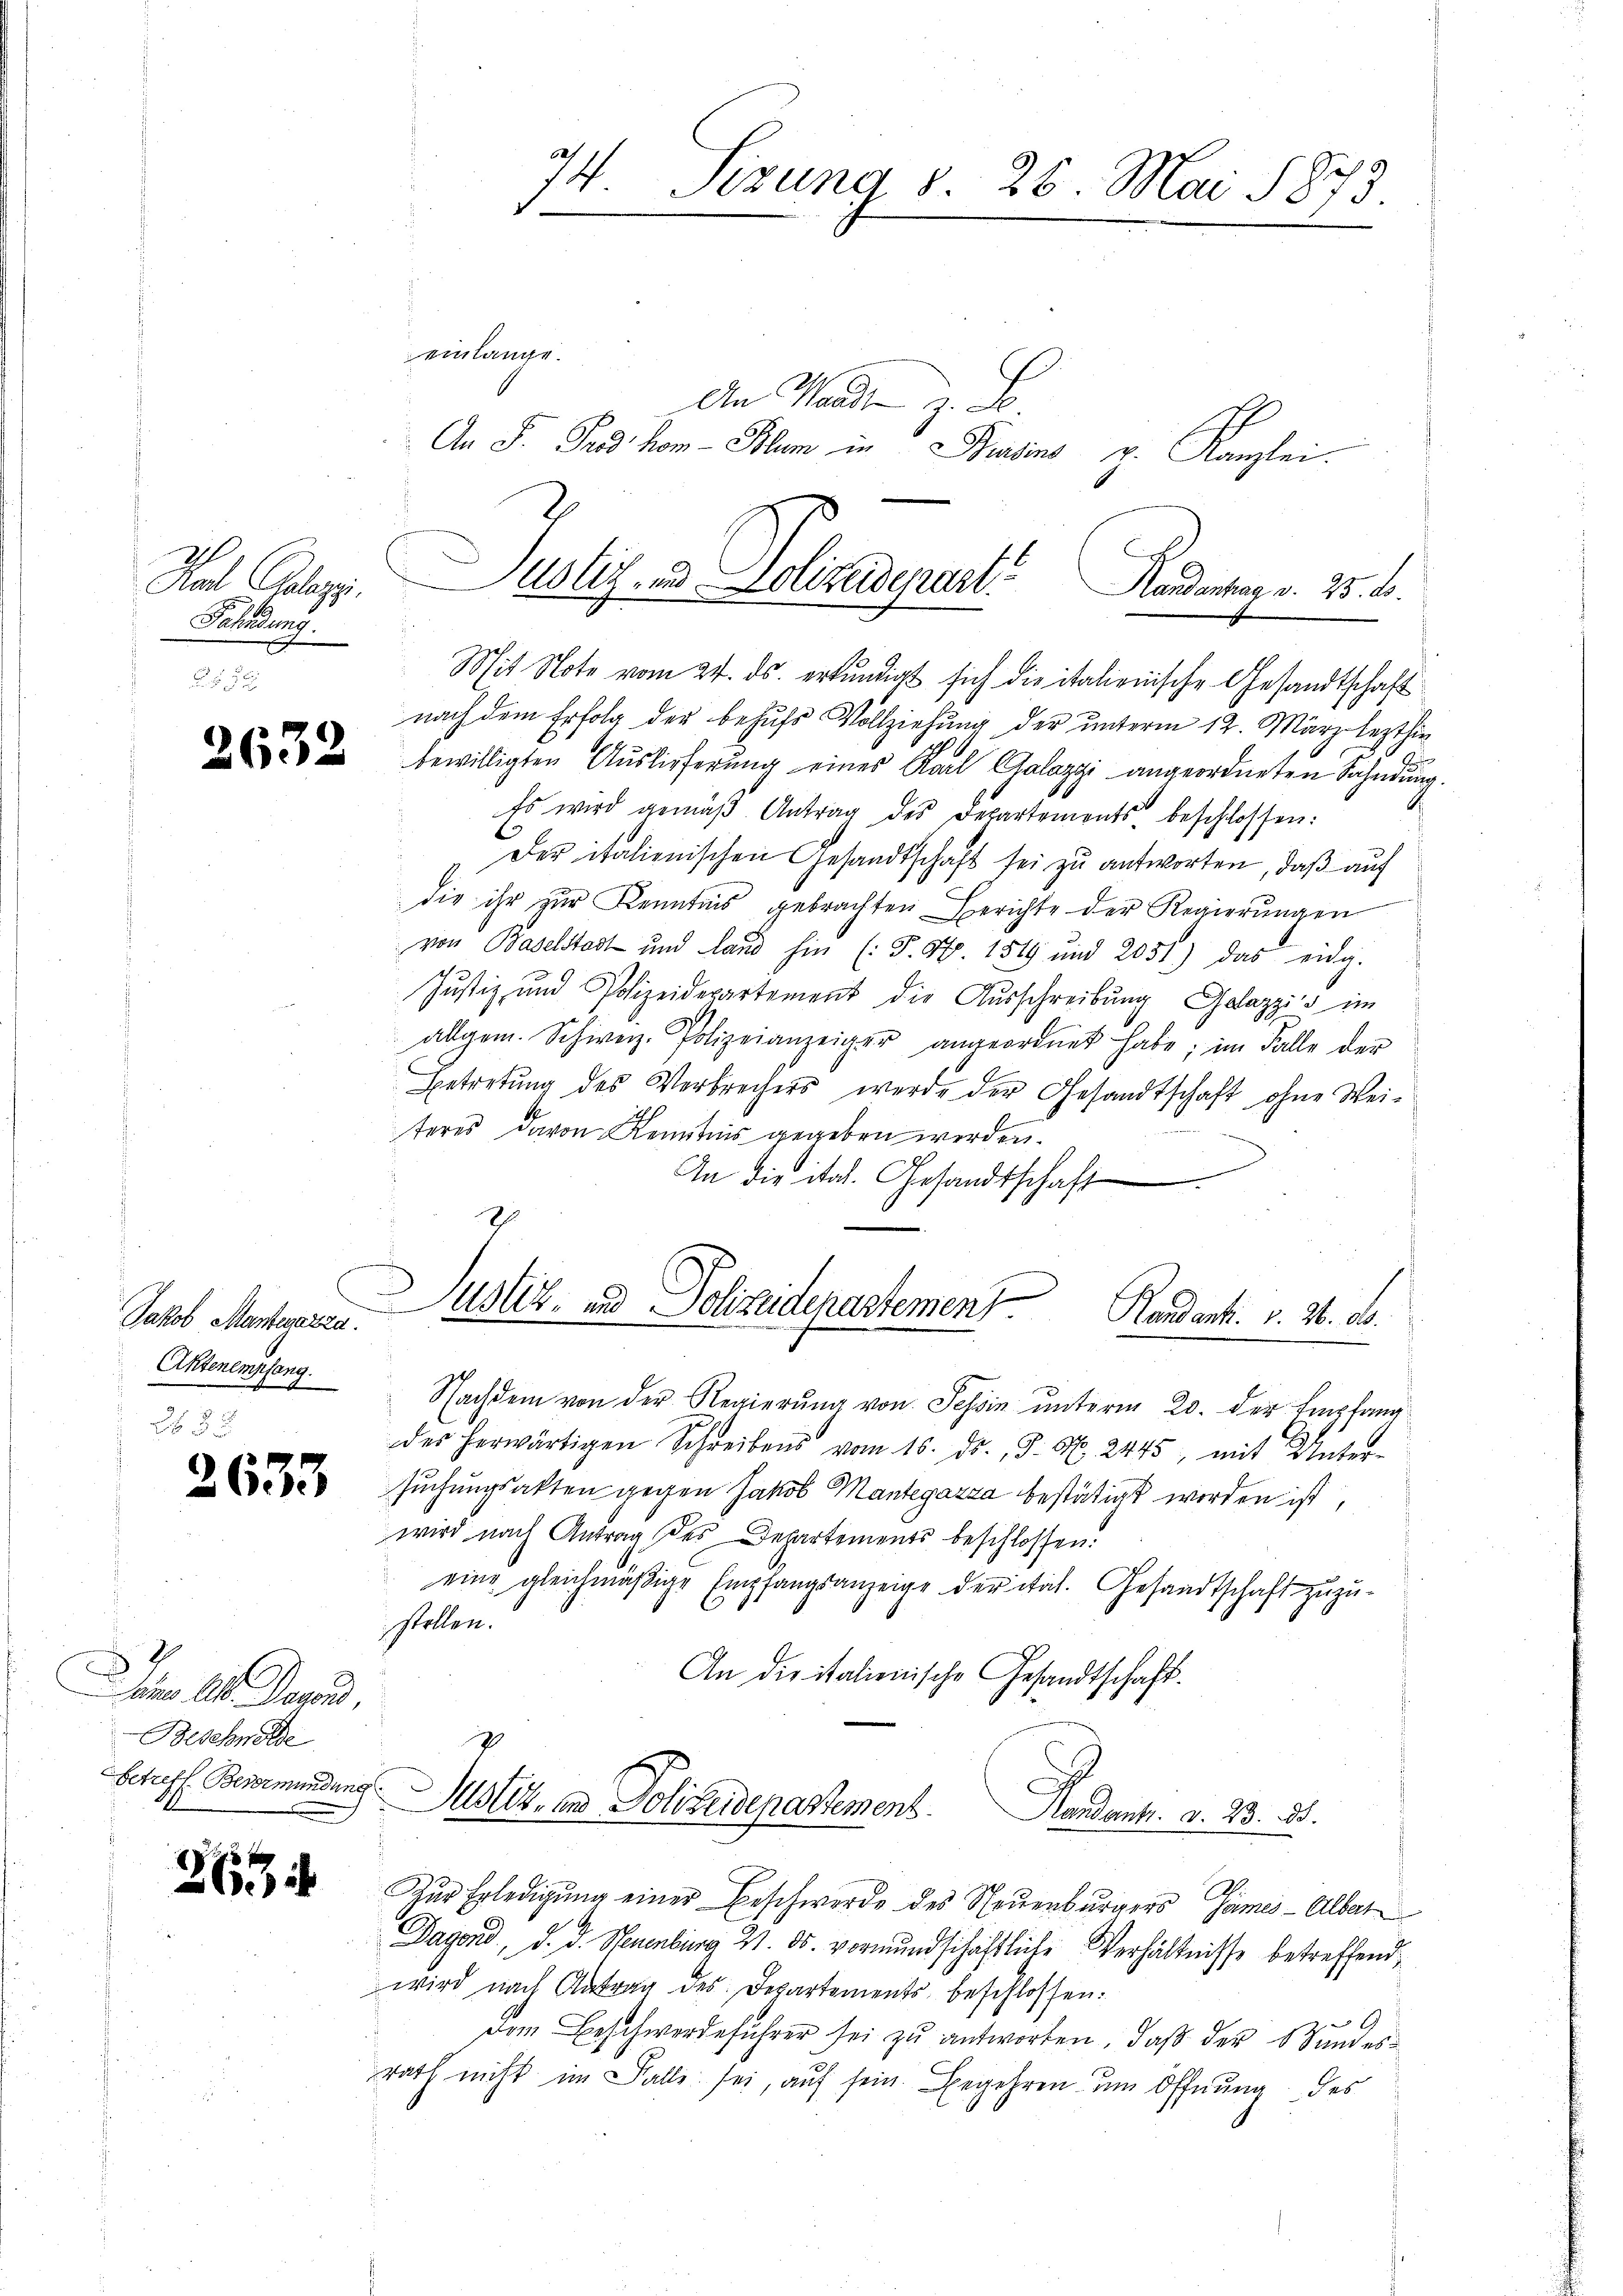
Hal Gelege,
Fahndung.

2632

Jakob Marteyerza
Aktenempfang.

2633

Dom 11. Denn,
-Beschnete
Betreff Bevormundung

263

einlänge.
An Waadt z. B.
An F. Pud hom- Blum in Brusins z. Kanzlei.
Mit Note vom 24. ds. erkundigt sich die italienische Gesandtschaft
nach dem Erfolg der behufs Vollziehung der unterm 12. März lezthin
2
bewilligten Auslieferŭng eines Karl Galozzi angeordneten Sahndung.
Es wird gemäβ Antrag des Departements beschlossen:
Der italienischen Gesandtschaft sei zu antworten, daß auf
die ihr zur Kenntnis gebrachten Berichte der Regierungen
von Baselstadt und Land hin (: F. S. 1549 und 2051.) das eidg.
Justiz und Polizeidepartement die Ausschreibung Gelazzis im
allgem. Schweiz. Polizeianzeiger angeordnet habe; im Falle der
Betretung des Verbrechers werde der Gesandtschaft ohne Weitores davon Kenntnis gegeben werden.
An die ital. Gesandtschaft
Justiz- und Polizeidenartement Randant. v. 26. d.
Nachdem von der Regierŭng von Tessin unterm 20. der Empfang
der herwärtigen Schreibens vom 16. ds. 3. N. 2445, mit Unter-
suchungsakten gegen Jakob Mantegazza bestätigt worden ist,
wird nach Antrag des Departements beschlossen:
eine gleichmäßige Empfangsanzeige der ital. Gesandtschaft zuzustollen.
An die italienische Gesandtschaft.
Suster, und Polizeidepartement.
Mandant. d. 23. d.
Zŭr Erledigŭng einer Beschwerde des Steŭenbŭrgers Gämes-Alber
Dagond, d. d. Neuenburg 21. ds. vormundschaftliche Verhältnisse betreffend
wird nach Antrag des Departements beschlossen:
dem Beschwerdeführer sei zu antworten, daß der Bundesrath nicht im Falls sei, auf sein. Begehren um Öffnung des

74 Sizung d. 26. Mai 1873.
e

Justiz- u. Polizeiderart Andeutung v. 25. d.